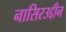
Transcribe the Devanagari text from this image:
नासिरउद्दीन